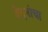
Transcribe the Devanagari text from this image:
वेदनांचा